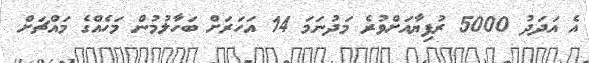
އެ އަދަދު 5000 ރުފިޔާއަށްވުރެ މަދުނަމަ 14 އަހަރަށް ބަހާލުމުން މަހެއްގެ މައްޗަށް